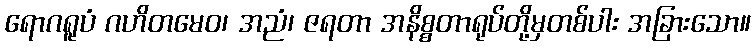
ရောဂရူပံ ဂဟိတမေဝ၊ အညံ၊ ဇရတာ အနိစ္စတာရုပ်တို့မှတစ်ပါး အခြားသော။